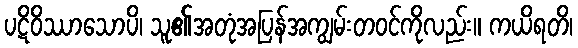
ပဋိဝိဿာသောပိ၊ သူ၏အတုံအပြန်အကျွမ်းတဝင်ကိုလည်း။ ကယိရတိ၊